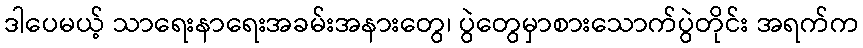
ဒါပေမယ့် သာရေးနာရေးအခမ်းအနားတွေ၊ ပွဲတွေမှာစားသောက်ပွဲတိုင်း အရက်က